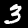
Digit: 3